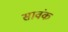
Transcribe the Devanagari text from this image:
सावंक